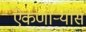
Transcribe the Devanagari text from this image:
ऐकणार्‍यास